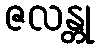
ဇလန္တု